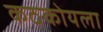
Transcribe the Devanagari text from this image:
कठकोयला